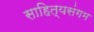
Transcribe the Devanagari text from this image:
साहित्यसंगम